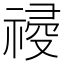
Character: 𥛀